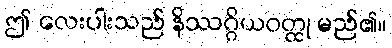
ဤ လေးပါးသည် နိဿဂ္ဂိယဝတ္ထု မည်၏။